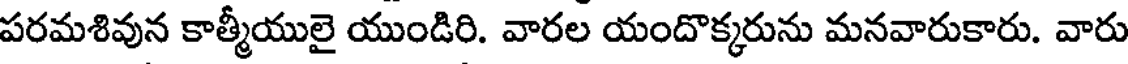
పరమశివున కాత్మీయులై యుండిరి. వారల యందొక్కరును మనవారుకారు. వారు